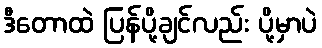
ဒီတောထဲ ပြန်ပို့ချင်လည်း ပို့မှာပဲ